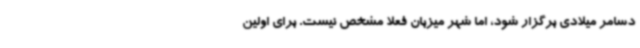
دسامر میلادی برگزار شود، اما شهر میزبان فعلا مشخص نیست. برای اولین